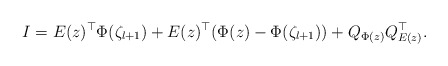
\begin{align*}I = E(z)^\top \Phi(\zeta_{l+1}) + E(z)^\top (\Phi(z) - \Phi(\zeta_{l+1})) + Q_{\Phi(z)} Q_{E(z)}^\top.\end{align*}